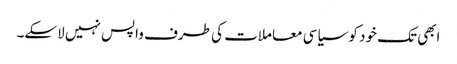
ابھی تک خود کو سیاسی معاملات کی طرف واپس نہیں لاسکے۔